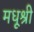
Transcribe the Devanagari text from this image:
मधूश्री